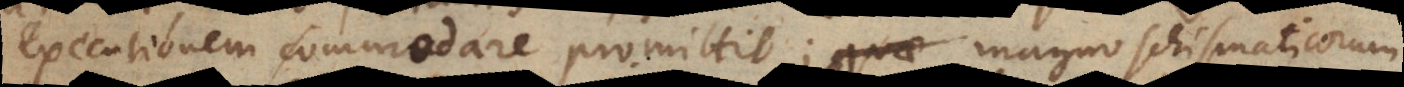
onem commodare promittit; magno schismaticorum